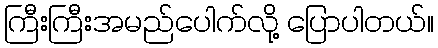
ကြီးကြီးအမည်ပေါက်လို့ ပြောပါတယ်။